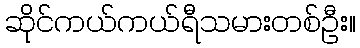
ဆိုင်ကယ်ကယ်ရီသမားတစ်ဦး။